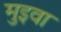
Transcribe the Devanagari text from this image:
मुइवा